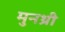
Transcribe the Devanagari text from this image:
मुनथ्री